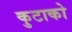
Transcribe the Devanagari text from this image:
कुटाको